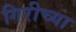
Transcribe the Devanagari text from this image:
गिरीच्या